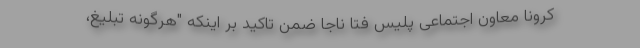
کرونا معاون اجتماعی پلیس فتا ناجا ضمن تاکید بر اینکه "هرگونه تبلیغ،